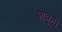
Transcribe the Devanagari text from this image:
शत्रूही